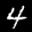
Label: 4